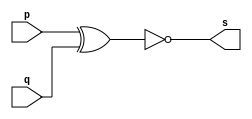
// -------------------------
// Ex1  gate 2 entradas
// Nome: Vinicius Bordoni
// -------------------------
// -------------------------
// -- XNOR gate
// -------------------------
module XNORgate ( output s,
input p, q);
assign s = ( ~(p^q) );
endmodule // XNORgate
// ---------------------
// -- test XNOR gate
// ---------------------
module testXNORgate;
// ------------------------- dados locais
reg a, b; // definir registradores
wire s; // definir conexao (fio)
// ------------------------- instancia
XNORgate XNOR1 (s, a, b);
// ------------------------- preparacao
initial begin:start
a=0; b=0;
end

// ------------------------- parte principal
initial begin
$display("Ex1 Nand gate - Vinicius Bordoni - 365595");
$display("Test XNOR gate");
$display("\na  b = s\n");
$monitor("%b   %b  =  %b", a, b, s); 
#1 a=0; b=0; // valores decimais 
#1 a=1; b=0;
#1 a=0; b=1;
#1 a=1; b=1;
end
endmodule // testXNORgate